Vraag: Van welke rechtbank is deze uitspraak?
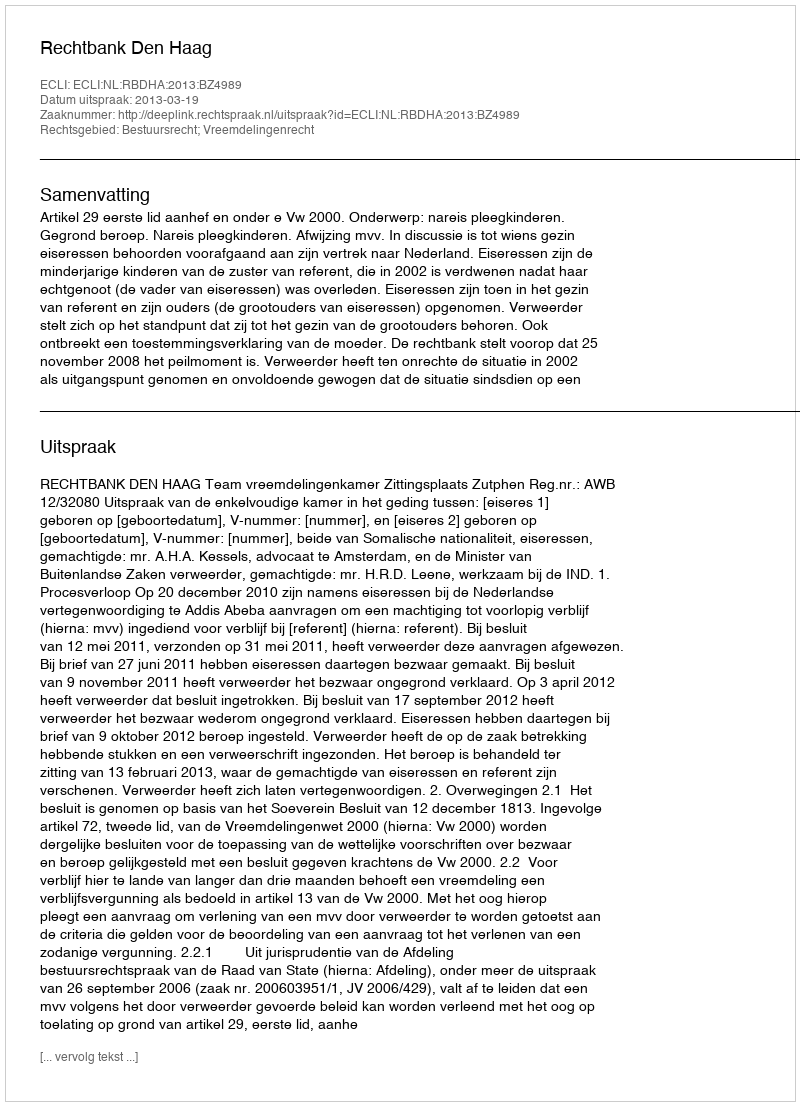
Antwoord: Rechtbank Den Haag